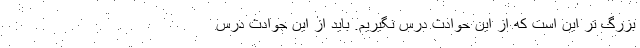
بزرگ تر این است که از این حوادث درس نگیریم. باید از این حوادث درس